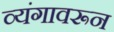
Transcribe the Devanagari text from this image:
व्यंगावरून